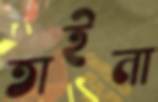
তাইনা